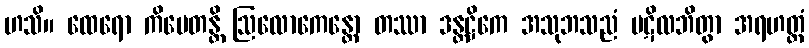
ဟသိ။ ထေရော ကိမေတန္တိ ဩလောကေန္တော တဿာ ဒန္တဋ္ဌိကေ အသုဘသညံ ပဋိလဘိတွာ အရဟတ္တံ